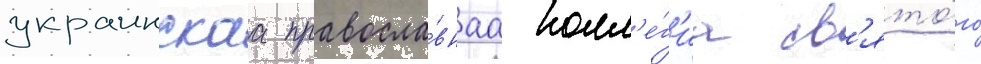
украинскаа правосла́внаа колл'е́г'иа св'ято́го